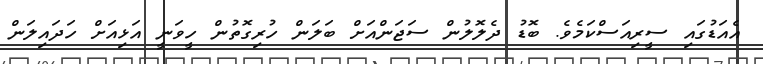
އެއަޑުގައި ސީރިއަސްކަމެވެ. ބޮޑު ދެލޮލުން ސަޖަންއަށް ބަލަން ހުރިގޮތުން ހީވަނީ އަޅިއަށް ހަދައިލަން